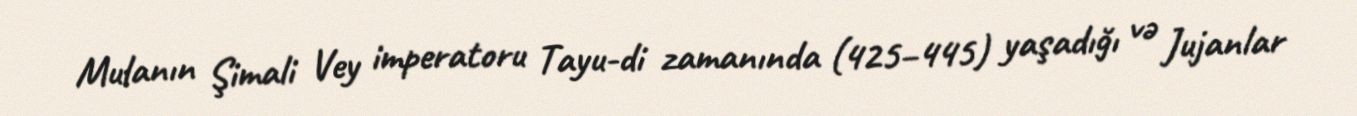
Mulanın Şimali Vey imperatoru Tayu-di zamanında (425–445) yaşadığı və Jujanlar